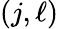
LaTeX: (j,\ell)